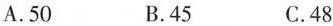
A.50 B.45 C.48